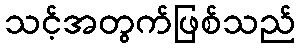
သင့်အတွက်ဖြစ်သည်